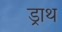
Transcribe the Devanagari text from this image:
ड्राथ